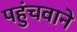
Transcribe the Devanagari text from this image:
पहुंचवाने